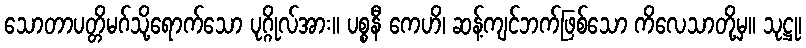
သောတာပတ္တိမဂ်သို့ရောက်သော ပုဂ္ဂိုလ်အား။ ပစ္စနီ ကေဟိ၊ ဆန့်ကျင်ဘက်ဖြစ်သော ကိလေသာတို့မှ။ သုဋ္ဌု၊